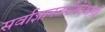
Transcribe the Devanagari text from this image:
सर्वाज्ञानतमोभेदभानवे